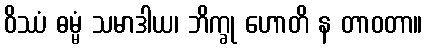
ဝိဿံ ဓမ္မံ သမာဒါယ၊ ဘိက္ခု ဟောတိ န တာဝတာ။